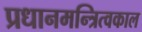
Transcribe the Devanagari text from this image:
प्रधानमन्त्रित्वकाल